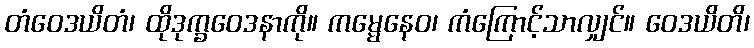
တံဝေဒယိတံ၊ ထိုဒုက္ခဝေဒနာကို။ ကမ္မေနေဝ၊ ကံကြောင့်သာလျှင်။ ဝေဒယိတိ၊